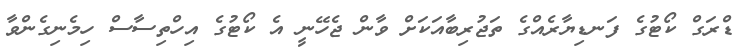
ޑްރަގް ކޯޓުގެ ފަނޑިޔާރެއްގެ ތަޖުރިބާއަކަށް ވާން ޖެހޭނީ އެ ކޯޓުގެ އިހްތިސާސް ހިމެނިގެންވާ